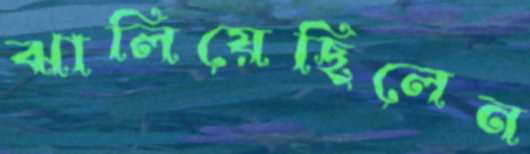
ঝালিয়েছিলেন